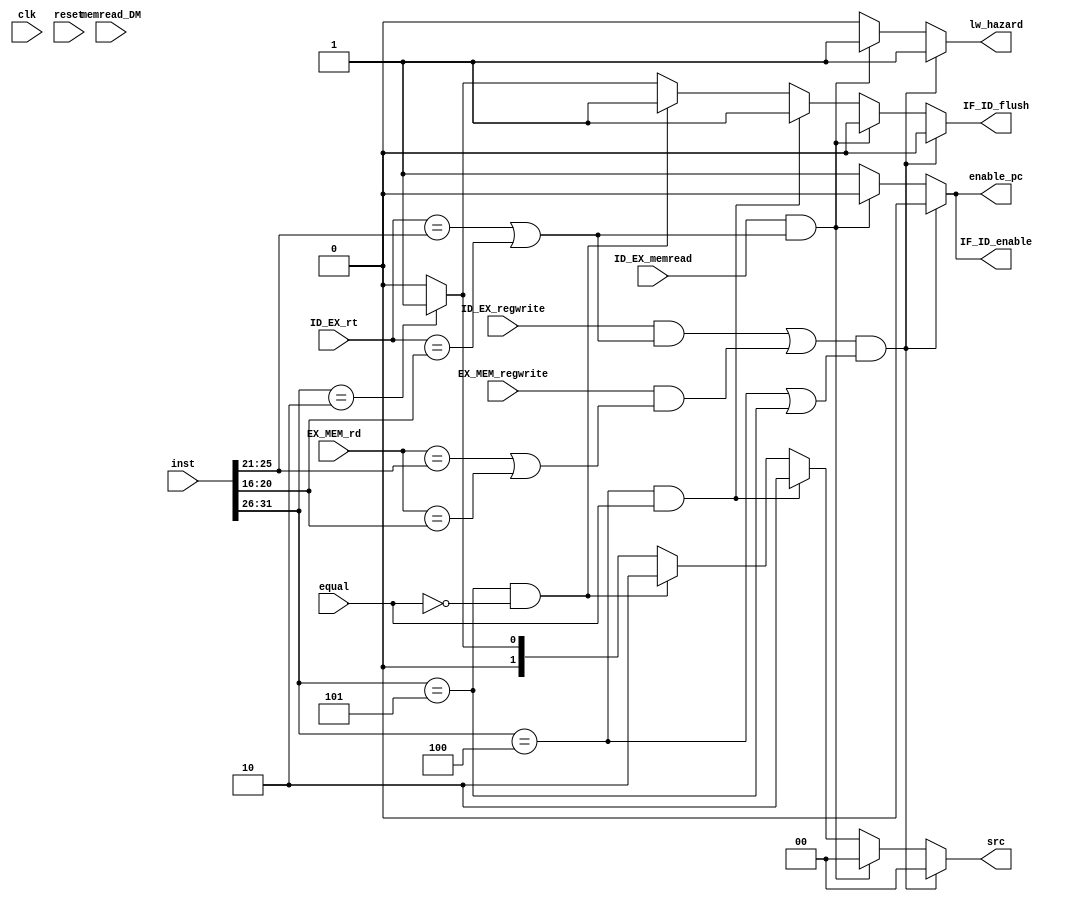
module hazard_detection(src, enable_pc, IF_ID_enable, IF_ID_flush,
 lw_hazard, ID_EX_memread, memread_DM, inst ,
  ID_EX_rt, EX_MEM_rd, ID_EX_regwrite, EX_MEM_regwrite, equal, clk, reset);
input ID_EX_memread, equal, memread_DM, ID_EX_regwrite, EX_MEM_regwrite, clk, reset;
input [31:0] inst;
input [4:0] ID_EX_rt, EX_MEM_rd;
output [1:0] src;
output enable_pc, IF_ID_enable, IF_ID_flush, lw_hazard;
reg [1:0] src;
reg enable_pc, IF_ID_enable, lw_hazard, IF_ID_flush;
//detects problems with lw, beq, bne and j.

always @(ID_EX_memread or equal or memread_DM or ID_EX_regwrite or 
EX_MEM_regwrite or inst or ID_EX_rt or EX_MEM_rd or clk or reset)
begin
    if(reset==1'b1) begin
    enable_pc=1'b1;
    src=2'b00;
    end
    
    
    if (((ID_EX_regwrite==1'b1 && (ID_EX_rt==inst[25:21] ||ID_EX_rt==inst[20:16]))||
    (EX_MEM_regwrite==1'b1 && (EX_MEM_rd==inst[25:21] || EX_MEM_rd==inst[20:16]))) && ( 
    inst[31:26]==6'b000100 || inst[31:26]==6'b000101)) begin
        IF_ID_enable=1'b0;
        lw_hazard=1'b1;
        src=2'b00;
        enable_pc=1'b0;
        IF_ID_flush=1'b0;
    end
    else if(ID_EX_memread==1'b1  && ( ID_EX_rt==inst[25:21] || ID_EX_rt==inst[20:16] ))  //lw
    begin
        IF_ID_enable=1'b0;
        lw_hazard=1'b1;
        src=2'b00;
        enable_pc=1'b0;
        IF_ID_flush=1'b0;
    end
   else if(inst[31:26]==6'b000100 && equal==1'b1) // beq
   begin
        IF_ID_flush=1'b1;
        src=2'b10;
        enable_pc=1'b1;
        IF_ID_enable=1'b1;
        lw_hazard=1'b0;
   end
   else if(inst[31:26]==6'b000101 && equal==1'b0)// bne
   begin
        IF_ID_flush=1'b1;
        src=2'b10;
        enable_pc=1'b1;
        IF_ID_enable=1'b1;
        lw_hazard=1'b0;
   end
   else if(inst[31:26]==6'b000010) //j
   begin
        IF_ID_flush=1'b1;
        src=2'b01;
        enable_pc=1'b1;
        IF_ID_enable=1'b1;
        lw_hazard=1'b0;
   end
   else begin
        IF_ID_flush=1'b0;
        src=2'b00;
        enable_pc=1'b1;
        IF_ID_enable=1'b1;
        lw_hazard=1'b0;
   end
     
end

endmodule